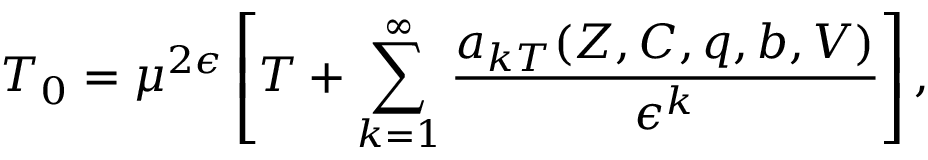
T _ { 0 } = \mu ^ { 2 \epsilon } \left[ T + \sum _ { k = 1 } ^ { \infty } \frac { a _ { k T } ( Z , C , q , b , V ) } { \epsilon ^ { k } } \right] ,